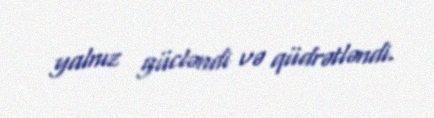
yalnız gücləndi və qüdrətləndi.